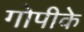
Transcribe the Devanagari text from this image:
गोपीके